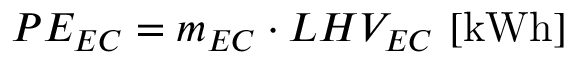
P E _ { E C } = m _ { E C } \cdot L H V _ { E C } \ [ \mathrm { k W h } ]